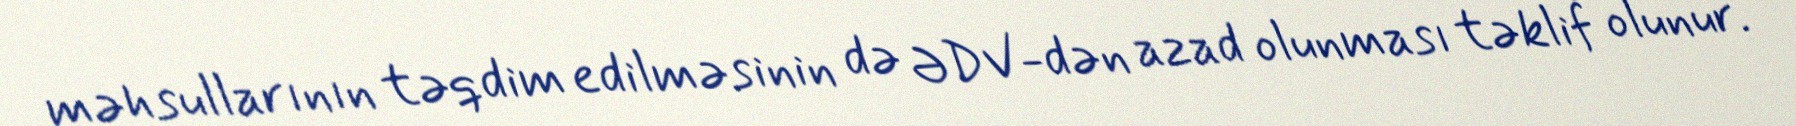
məhsullarının təqdim edilməsinin də ƏDV-dən azad olunması təklif olunur.